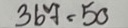
367 = 50